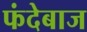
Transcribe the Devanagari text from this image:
फंदेबाज